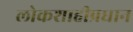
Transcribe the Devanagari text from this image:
लोकशाहीप्रधान